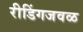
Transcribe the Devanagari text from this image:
रीडिंगजवळ